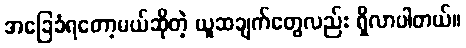
အခြေခံရတော့မယ်ဆိုတဲ့ ယူဆချက်တွေလည်း ရှိလာပါတယ်။